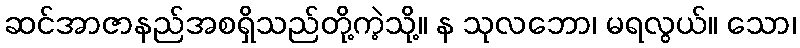
ဆင်အာဇာနည်အစရှိသည်တို့ကဲ့သို့။ န သုလဘော၊ မရလွယ်။ သော၊